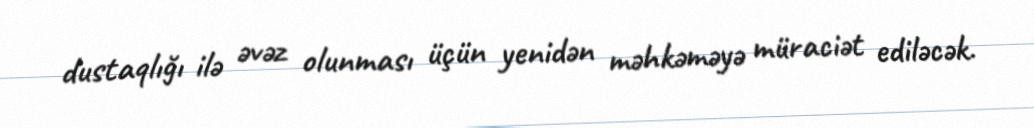
dustaqlığı ilə əvəz olunması üçün yenidən məhkəməyə müraciət ediləcək.